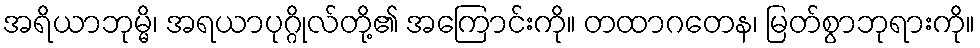
အရိယာဘုမ္မိ၊ အရယာပုဂ္ဂိုလ်တို့၏ အကြောင်းကို။ တထာဂတေန၊ မြတ်စွာဘုရားကို။